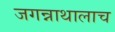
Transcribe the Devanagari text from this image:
जगन्नाथालाच